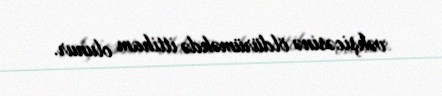
vəhşicəsinə öldürüməkdə ittiham olunur.